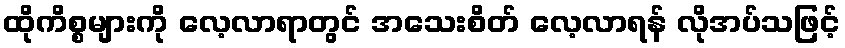
ထိုကိစ္စများကို လေ့လာရာတွင် အသေးစိတ် လေ့လာရန် လိုအပ်သဖြင့်